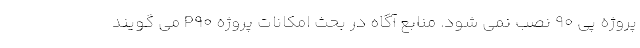
پروژه پی ۹۰ نصب نمی شود. منابع آگاه در بحث امکانات پروژه P90 می گویند